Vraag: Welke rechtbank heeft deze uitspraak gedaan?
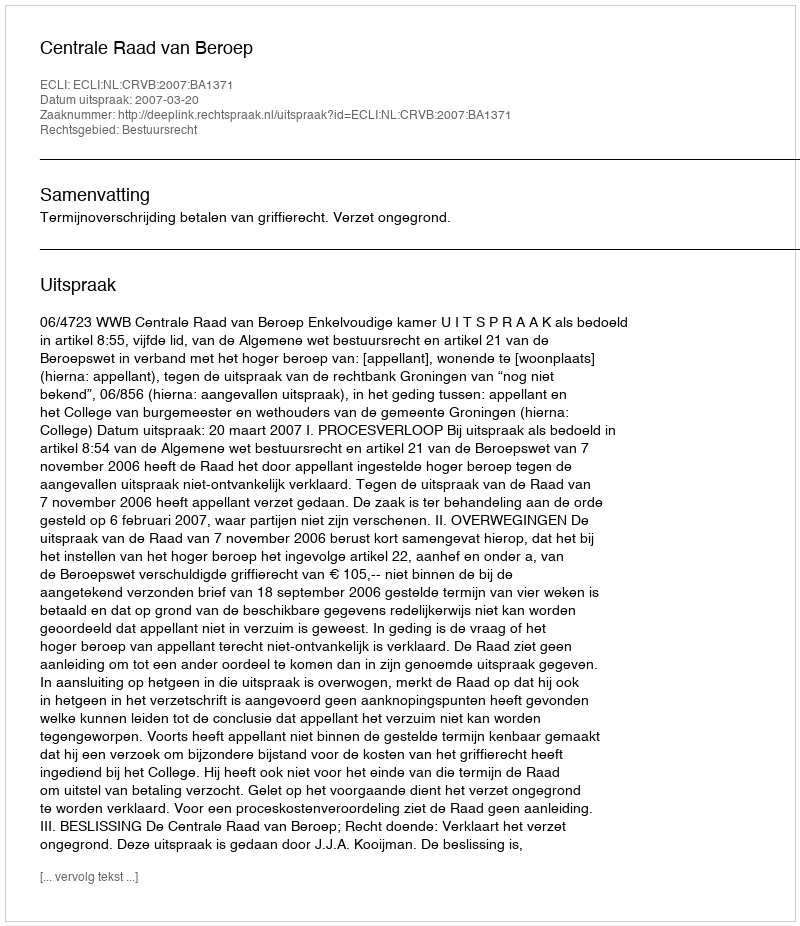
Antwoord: Centrale Raad van Beroep